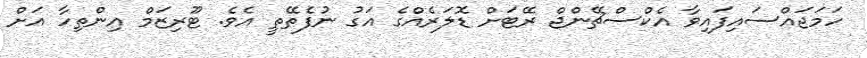
ހަމަޖައްސައިފައިވާ އެކްސްޗޭންޖް ރޭޓަށް ޑޮލަރެއްގެ އަގު ނުފެތޭތީ އެވެ. ޓޫރިޒަމް އިންތިހާ އަށް